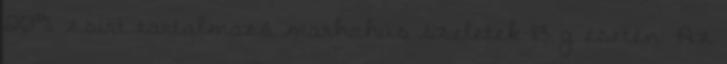
20% zsírt tartalmazó marhahús szeletek 113 g esetén. Az